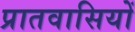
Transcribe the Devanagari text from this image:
प्रातवासियों